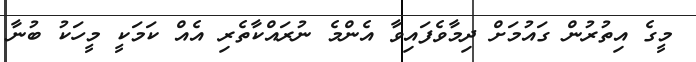
މީގެ އިތުރުން ގައުމަށް ދިމާވެފައިވާ އެންމެ ނުރައްކާތެރި އެއް ކަމަކީ މީހަކު ބުނާ